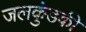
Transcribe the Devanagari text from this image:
जलकुंडकी